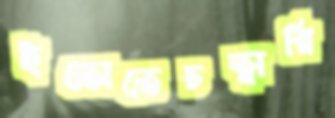
ইতোতেচত্বারি